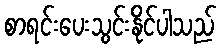
စာရင်းပေးသွင်းနိုင်ပါသည်